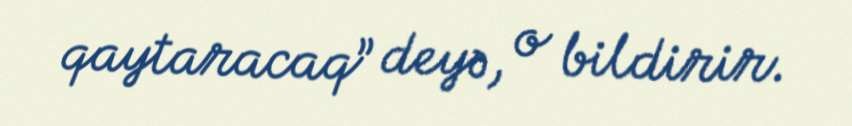
qaytaracaq” deyə, o bildirir.